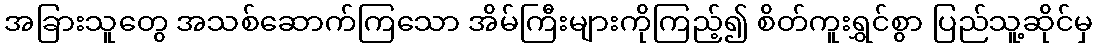
အခြားသူတွေ အသစ်ဆောက်ကြသော အိမ်ကြီးများကိုကြည့်၍ စိတ်ကူးရွှင်စွာ ပြည်သူ့ဆိုင်မှ